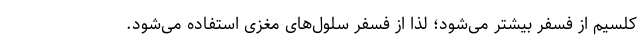
کلسیم از فسفر بیشتر می‌شود؛ لذا از فسفر سلول‌های مغزی استفاده می‌شود.